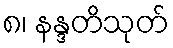
၈၊ နန္ဒတိသုတ်